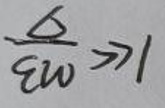
$1\gg \frac{\Delta}{\omega}$